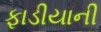
ફાડીયાની